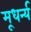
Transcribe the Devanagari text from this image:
मूधर्न्य